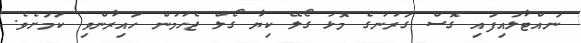
ނައްޓާލައިފައި ގޮސް ގަރުނުގެ މޮޅު ގޯލޭ ކިޔާ ގޯލް ޖެހުމުން ހައިރާންވި ކަމަށެވެ.